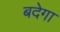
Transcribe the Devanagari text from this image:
बदेगा